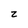
Character: z